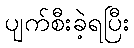
ပျက်စီးခဲ့ရပြီး